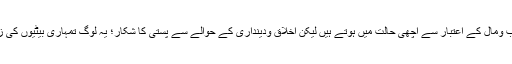
بعض اوقات لوگ حسب ومال کے اعتبار سے اچھی حالت میں ہوتے ہیں لیکن اخلاق ودینداری کے حوالے سے پستی کا شکار؛ یہ لوگ تمہاری بیٹیوں کی زندگی تباہ کردیں گے۔